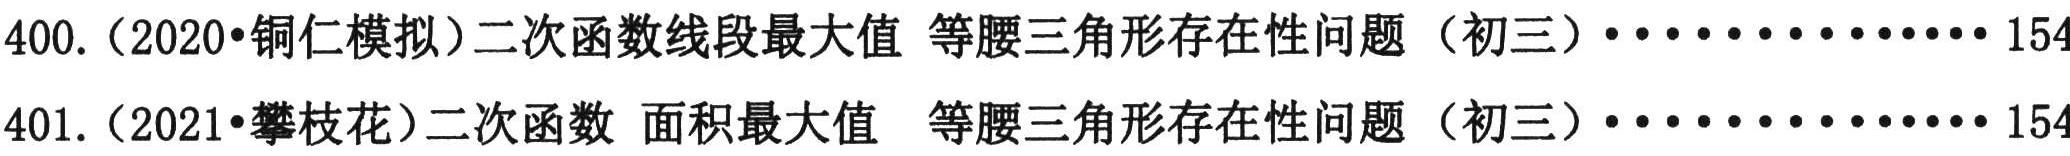
400. (2020•铜仁模拟)二次函数线段最大值 等腰三角形存在性问题（初三）·············154\\
401. (2021•攀枝花)二次函数 面积最大值 等腰三角形存在性问题（初三）·············154